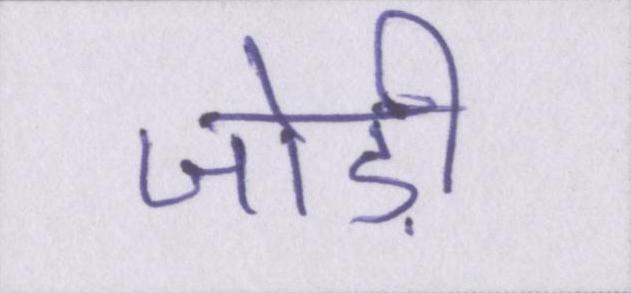
जोड़ी